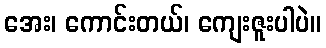
အေး၊ ကောင်းတယ်၊ ကျေးဇူးပါပဲ။